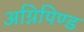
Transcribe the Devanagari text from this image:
अग्निपिण्ड